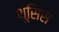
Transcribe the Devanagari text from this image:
थूसिस